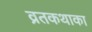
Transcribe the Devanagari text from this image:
व्रतकथाका